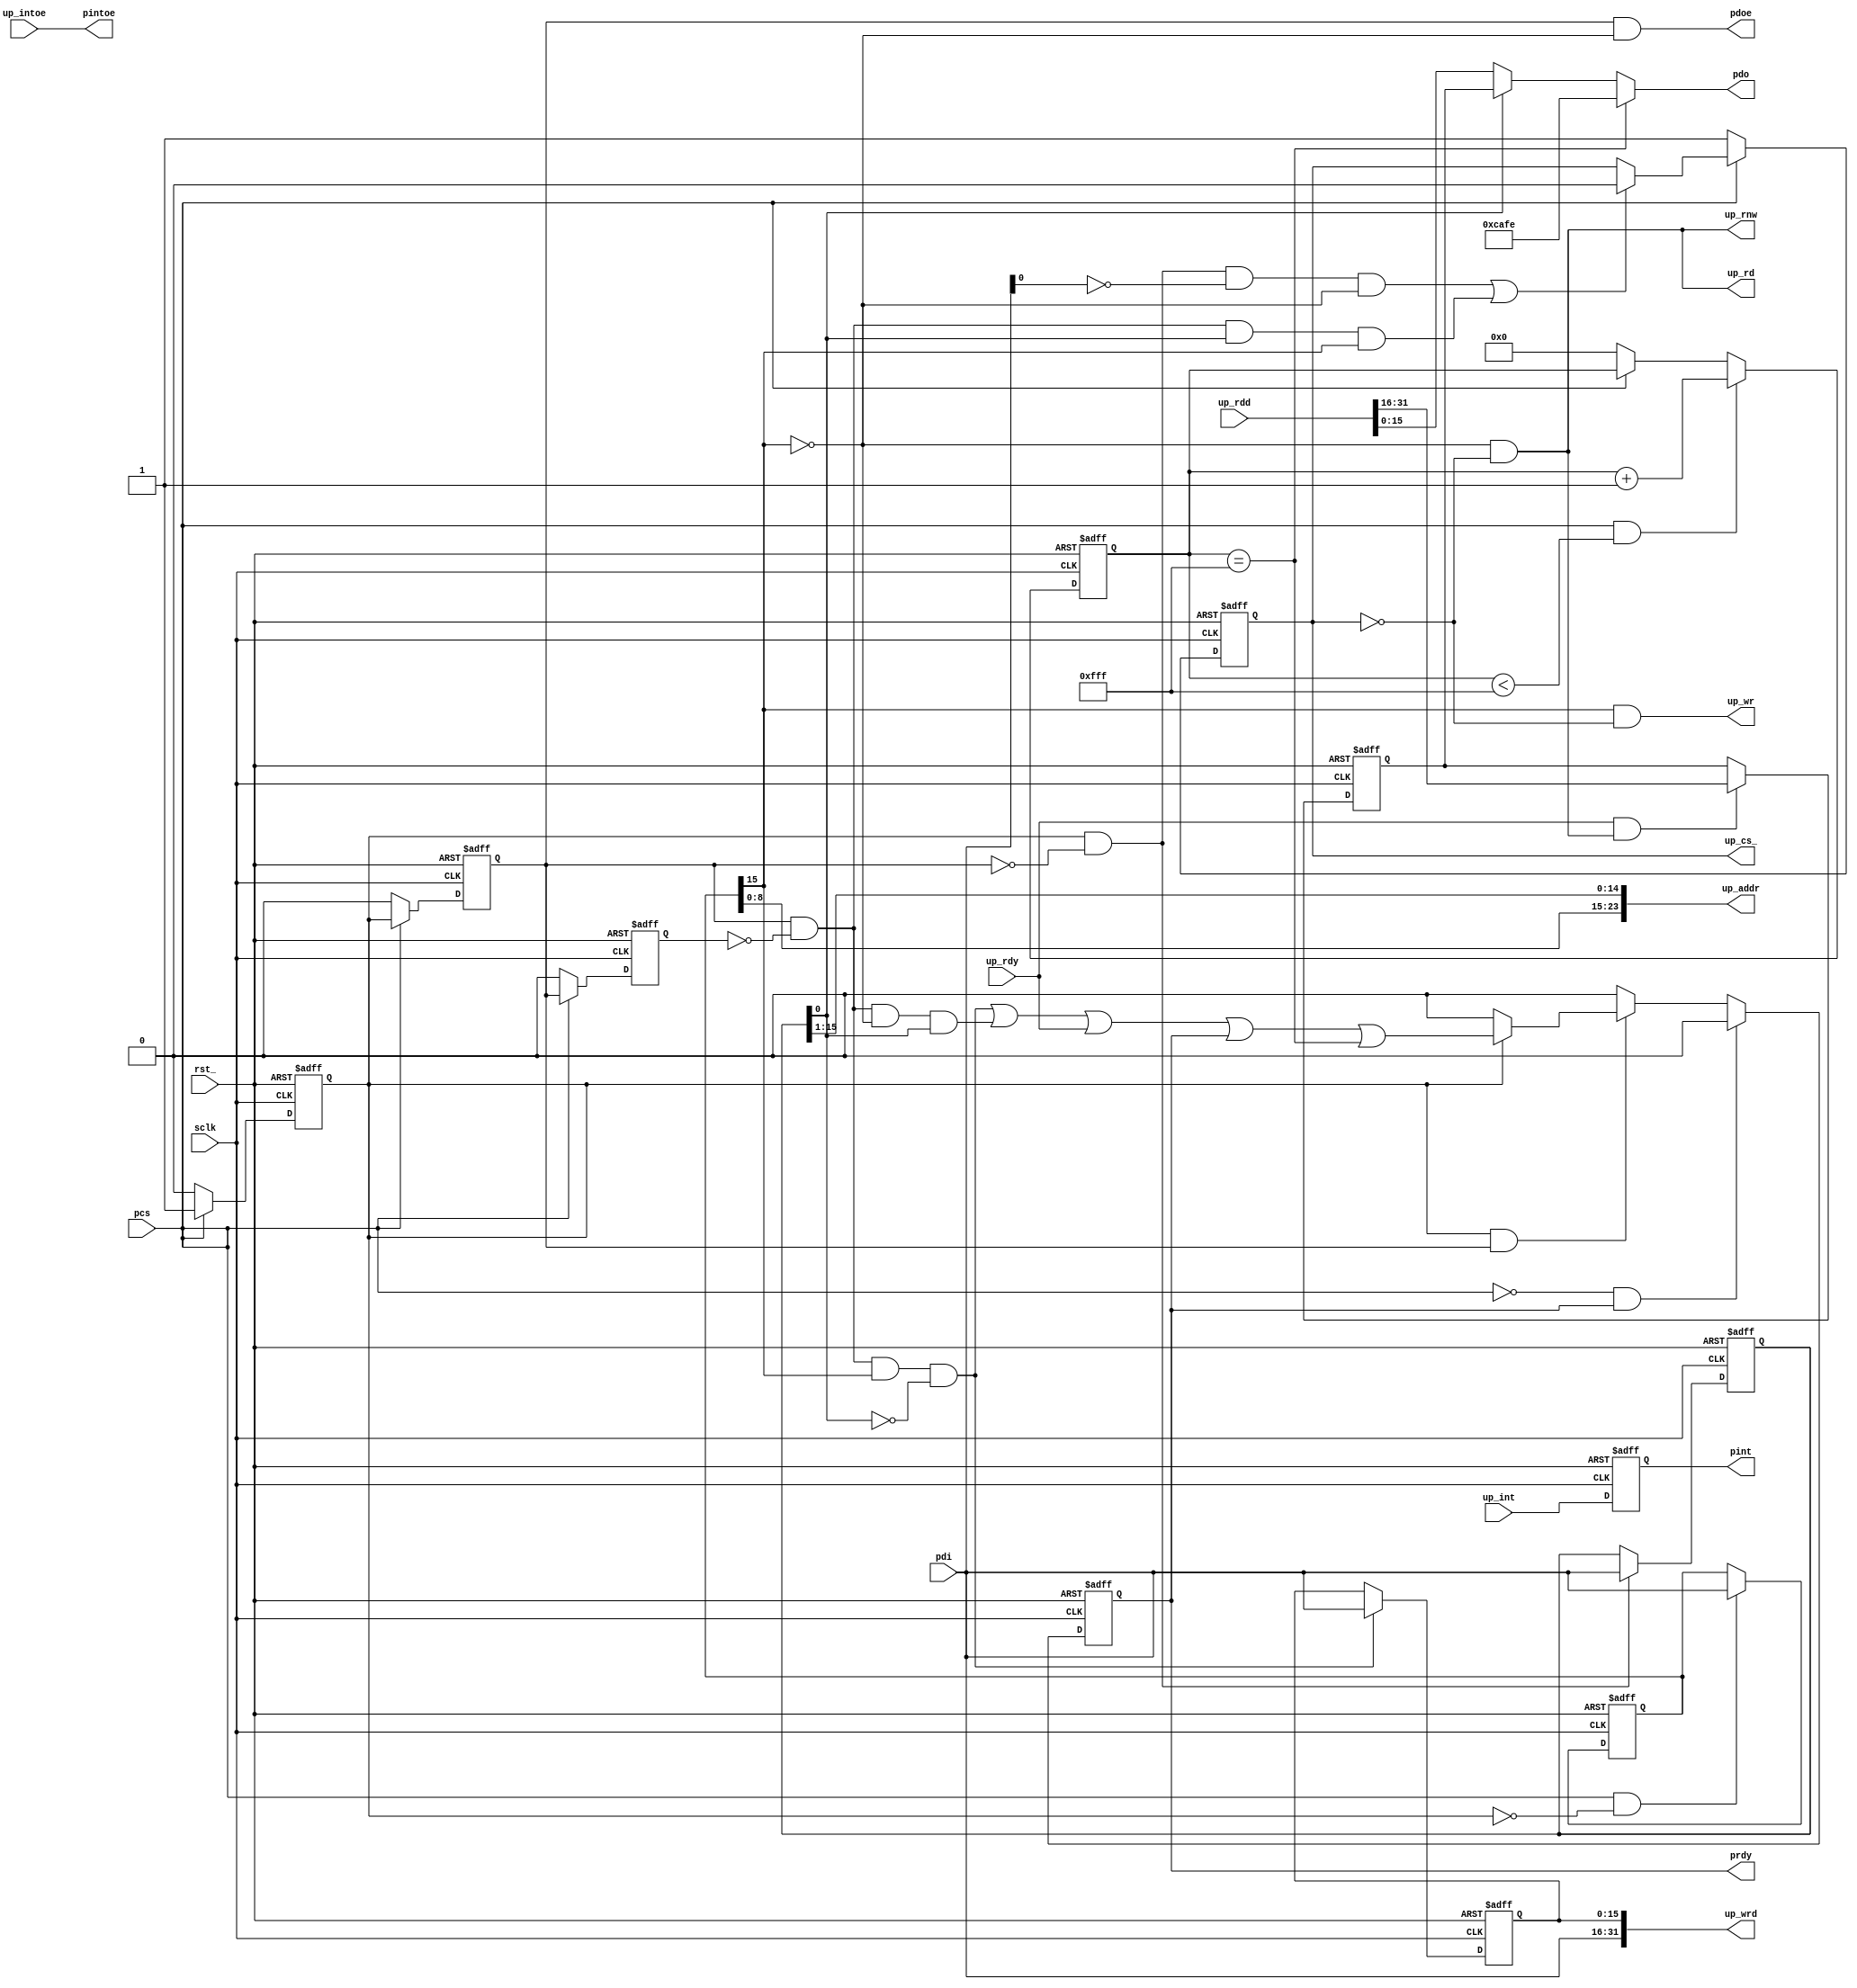
// Description  : .
////////////////////////////////////////////////////////////////////////////////

module cpldintf_32
    (
     rst_,
     sclk,
     
     pcs,
     pdi,
     pdo,
     pdoe,
     prdy,
     pint,
     pintoe,
     
     up_addr,
     up_rd,
     up_wr,
     up_rnw,
     up_cs_,
     up_wrd,
     up_rdd,
     up_rdy,
     up_int,
     up_intoe
     );

////////////////////////////////////////////////////////////////////////////////
// Port declarations
input           rst_, sclk;

input           pcs;
input [15:0]    pdi;
output [15:0]   pdo;
output          pdoe, prdy, pint, pintoe;

output [23:0]   up_addr;
output          up_rd, up_wr, up_rnw, up_cs_;
output [31:0]   up_wrd;
input [31:0]    up_rdd;
input           up_rdy;
input           up_int, up_intoe;

////////////////////////////////////////////////////////////////////////////////
// Output declarations
reg             pint, prdy;
wire [31:0]     up_wrd;
wire [23:0]     up_addr;
wire [15:0]     pdo;
wire            pdoe, pintoe;
wire            up_rd, up_wr, up_rnw;
reg             up_cs_;


////////////////////////////////////////////////////////////////////////////////
// Parameter declarations

////////////////////////////////////////////////////////////////////////////////
// Local logic and instantiation
reg [15:0]      rdbuff_highword, wrbuff_lowword;
reg [12:0]      autogenrdy;
reg [15:0]      haddr, laddr;
reg             pcs1, pcs2, pcs3;

wire [15:0]     pdi;
wire            autogenrdy_inc, autordy;
wire            lowword_wrs, wrlowword_rdy;
wire            highword_rds;
wire            cs_ph1, cs_ph2, cs_ph3, up_cs;

always @(posedge sclk or negedge rst_)
    if (!rst_)
        begin
        pcs1 <= 1'b0;
        pcs2 <= 1'b0;
        pcs3 <= 1'b0;       
        end
    else if (!pcs)
        begin
        pcs1 <= 1'b0;
        pcs2 <= 1'b0;
        pcs3 <= 1'b0;       
        end
    else
        begin
        pcs1 <= pcs;
        pcs2 <= pcs1;
        pcs3 <= pcs2;       
        end     

assign cs_ph1 = pcs  & (!pcs1);
assign cs_ph2 = pcs1 & (!pcs2);
assign cs_ph3 = pcs2 & (!pcs3);

always @(posedge sclk or negedge rst_)
    if (!rst_)          haddr <= 16'h0;
    else if (cs_ph1)    haddr <= pdi;

always @(posedge sclk or negedge rst_)
    if (!rst_)          laddr <= 16'h0;
    else if (cs_ph2)    laddr <= pdi;

wire    read_cs,write_cs;        
assign  read_cs = cs_ph2 & !pdi[0] & !haddr[15];
assign  write_cs = cs_ph3 & laddr[0] & haddr[15];

always @ (posedge sclk or negedge rst_)
    begin
    if (!rst_)                      up_cs_ <= 1'b1;
    else if (!pcs)                  up_cs_ <= 1'b1;
    else if (read_cs | write_cs)    up_cs_ <= 1'b0;
    end

//assign  up_cs = (pcs2 & (!laddr[0]) & (!haddr[15])) |   // Rd Act @ Lo Word
//                (pcs2 & (laddr[0])  & (haddr[15]) ) ;   // Wr Act @ hi word
assign  up_rd = !haddr[15] & up_cs;
assign  up_wr = haddr[15] & up_cs;
assign  up_rnw = up_rd;
assign  up_cs = !up_cs_;

assign  up_addr = {haddr[8:0],laddr[15:1]}; // Word Base for CPLD
                                            // DWord Base for FPGA

assign  up_wrd = {pdi,wrbuff_lowword};

assign  lowword_wrs = cs_ph3 & haddr[15] & (!laddr[0]);

always @(posedge sclk or negedge rst_)
    if (!rst_)
        wrbuff_lowword <= 16'hCAFE;
    else if (lowword_wrs)
        wrbuff_lowword <= pdi;

assign  highword_rds = cs_ph3 & !haddr[15] & laddr[0];
always @(posedge sclk or negedge rst_)
    if (!rst_)
        rdbuff_highword <= 16'hCAFE;
    else if (up_rdy & up_rd)
        rdbuff_highword <= up_rdd[31:16];

// timeout
assign  autogenrdy_inc = (pcs & (autogenrdy < 13'hfff));

always @(posedge sclk or negedge rst_)
    if (!rst_)                  autogenrdy <= 13'h0;
    else if (autogenrdy_inc)    autogenrdy <= autogenrdy + 1'b1;
    else if (!pcs)              autogenrdy <= 13'h0;


assign  autordy = (autogenrdy == 13'hfff);
assign  pdo = autordy  ? 16'hCAFE        :
              laddr[0] ? rdbuff_highword : up_rdd[15:0];
assign  pdoe = pcs2 & (!haddr[15]);
 
always @(posedge sclk or negedge rst_)
    if (!rst_)                      
        prdy <= 1'b0;
    else if ((!pcs) & prdy)
        prdy <= 1'b0;
    else if (!(pcs1 & pcs2))
        prdy <= 1'b0;
    else if (pcs1)
        prdy <= lowword_wrs | highword_rds | up_rdy | prdy | autordy;
    else
        prdy <= 1'b0;

always @(posedge sclk or negedge rst_)
    if (!rst_)      pint <= 1'b0;
    else            pint <= up_int;

assign  pintoe = up_intoe;
endmodule